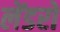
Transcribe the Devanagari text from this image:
लेंडरों